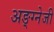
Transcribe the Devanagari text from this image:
अङ्ग्नेजी